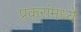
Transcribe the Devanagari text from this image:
प्रकरांमध्ये